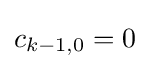
c_{k-1,0}=0